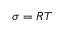
\sigma = R T